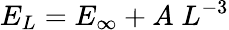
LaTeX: E_{L}=E_{\infty}+A\; L^{-3}